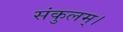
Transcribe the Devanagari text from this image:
संकुलम्‌।